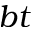
b t